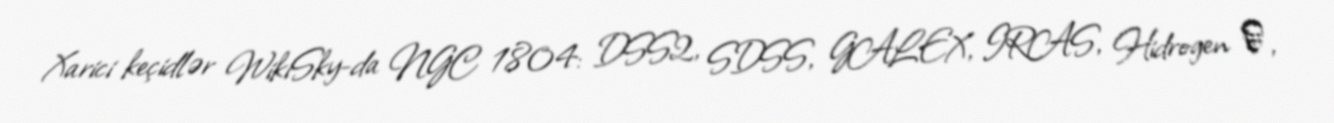
Xarici keçidlər WikiSky-da NGC 1804: DSS2, SDSS, GALEX, IRAS, Hidrogen α,